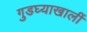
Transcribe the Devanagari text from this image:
गुडघ्याखालीं